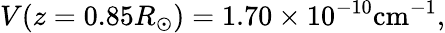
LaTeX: V(z=0.85R_{\odot})=1.70\times 10^{-10}\mathrm{cm}^{-1},